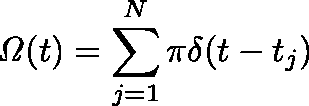
\mathit { \Omega } ( t ) = \sum _ { j = 1 } ^ { N } \pi \delta ( t - t _ { j } )